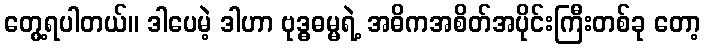
တွေ့ရပါတယ်။ ဒါပေမဲ့ ဒါဟာ ဗုဒ္ဓဓမ္မရဲ့ အဓိကအစိတ်အပိုင်းကြီးတစ်ခု တော့